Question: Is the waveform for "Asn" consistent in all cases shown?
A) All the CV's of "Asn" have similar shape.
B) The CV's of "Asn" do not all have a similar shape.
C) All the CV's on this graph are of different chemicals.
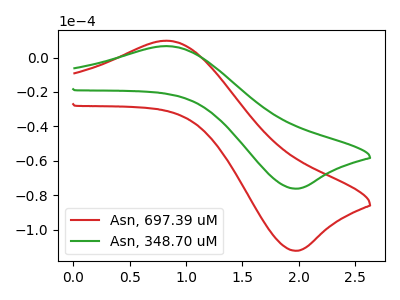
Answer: <think>The red curve "Asn, 697.39 uM" has an anodic peak at (0.85V, 9.80uA) and a cathodic peak at (2.00V, -112.30uA). The green curve "Asn, 348.70 uM" has an anodic peak at (0.85V, 6.65uA) and a cathodic peak at (2.00V, -76.20uA).
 All the peaks in "Asn, 697.39 uM" have a peak in "Asn, 348.70 uM" at the same potential. Every peak in "Asn, 697.39 uM" is higher than every peak in "Asn, 348.70 uM".</think>
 <answer>A) All the CV's of "Asn" have similar shape.</answer>
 <eval>A</eval>